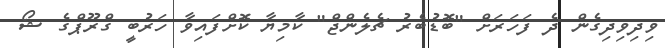
ވިދިވިދިގެން ދެ ފަހަރަށް "ބޮޑުބެރު ޗެލެންޖް" ކާމިޔާ ކޮށްފައިވާ ހަރުބީ ގްރޫޕްގެ ޝޯ